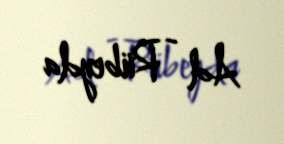
Ad - Rübeyda